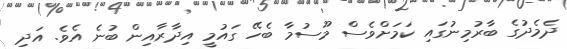
ދެމެދުގެ ބާރުމިނުގައި ކަމަށްވެސް މޫސުމާ ބެހޭ ގައުމީ އިދާރާއިން ބުނެ އެވެ. އަދި